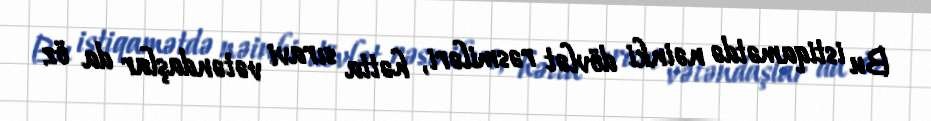
Bu istiqamətdə nəinki dövlət rəsmiləri, hətta sıravi vətəndaşlar da öz